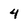
Character: 4